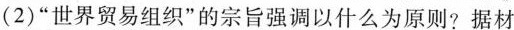
(2)”世界贸易组织”的宗旨强调以什么为原则?据材